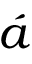
\acute { a }